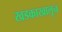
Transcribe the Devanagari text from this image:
खडकाखालून